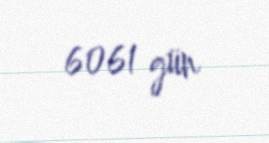
6061 gün